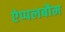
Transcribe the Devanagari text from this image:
ऐप्पलबौम